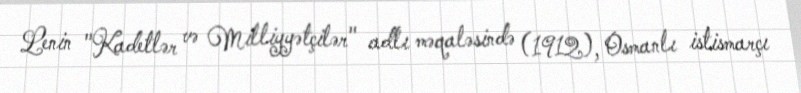
Lenin "Kadetlər və Milliyyətçilər" adlı məqaləsində (1912), Osmanlı istismarçı